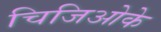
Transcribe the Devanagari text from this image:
चिजिओके